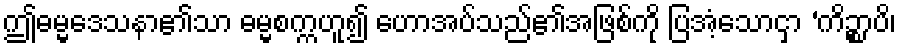
ဤဓမ္မဒေသနာ၏သာ ဓမ္မစက္ကဟူ၍ ဟောအပ်သည်၏အဖြစ်ကို ပြအံ့သောငှာ ‘ကိဉ္စာပိ၊